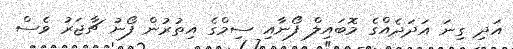
އަދި ގިނަ އަދަދެއްގެ މޮބައިލް ފޯނާއި ސިމްގެ އިތުރުން ފޯނު ޗާޖަރު ވެސް